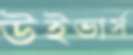
উইভার্স